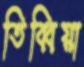
তিব্বিয়া